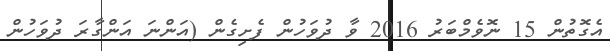
އެގޮތުން 15 ނޮވެމްބަރު 2016 ވާ ދުވަހުން ފެށިގެން (އަންނަ އަންގާރަ ދުވަހުން